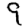
Digit: 9